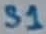
Text: S1